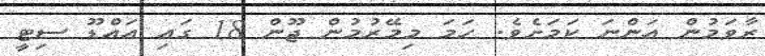
ރާވަމުން އަންނަ ކަމަށެވެ. ހަމަ މިމޭރުމުން ޖޫން 18 ގައި އައްޑޫ ސިޓީ